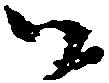
御